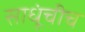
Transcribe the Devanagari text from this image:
साधूंचीच